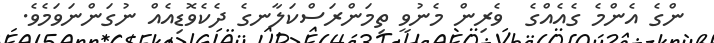
ންގެ އެންމެ ގެއެއްގެ  ވެރިން މެނުވީ ތިމަންރަސްކަލާނގެ ދެކެވޮޑިއެއް ނުގަންނަވަމެވެ.